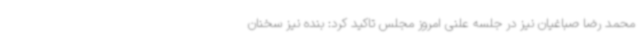
محمد رضا صباغیان نیز در جلسه علنی امروز مجلس تاکید کرد: بنده نیز سخنان